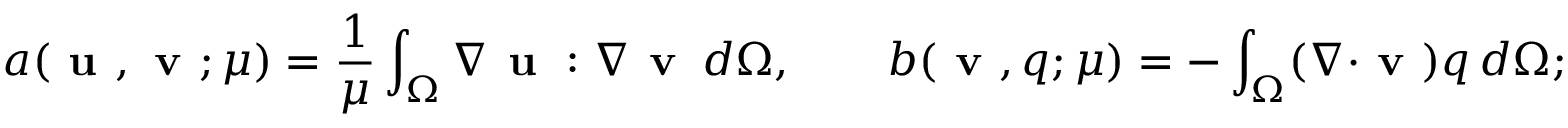
a ( \textbf { u } , \textbf { v } ; \mu ) = \frac { 1 } { \mu } \int _ { \Omega } \nabla \textbf { u } : \nabla \textbf { v } \, d \Omega , \qquad b ( \textbf { v } , q ; \mu ) = - \int _ { \Omega } ( \nabla \cdot \textbf { v } ) q \, d \Omega ;